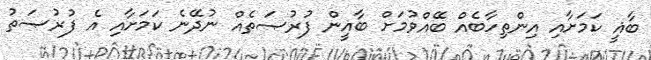
ބާޣީ ކަމަށާއި އިންތިހާބެއް ބޭއްވުމަށް ބާޣީން ފުރުޞަތެއް ނުދޭނެ ކަމަށާއި އެ ފުރުޞަތު